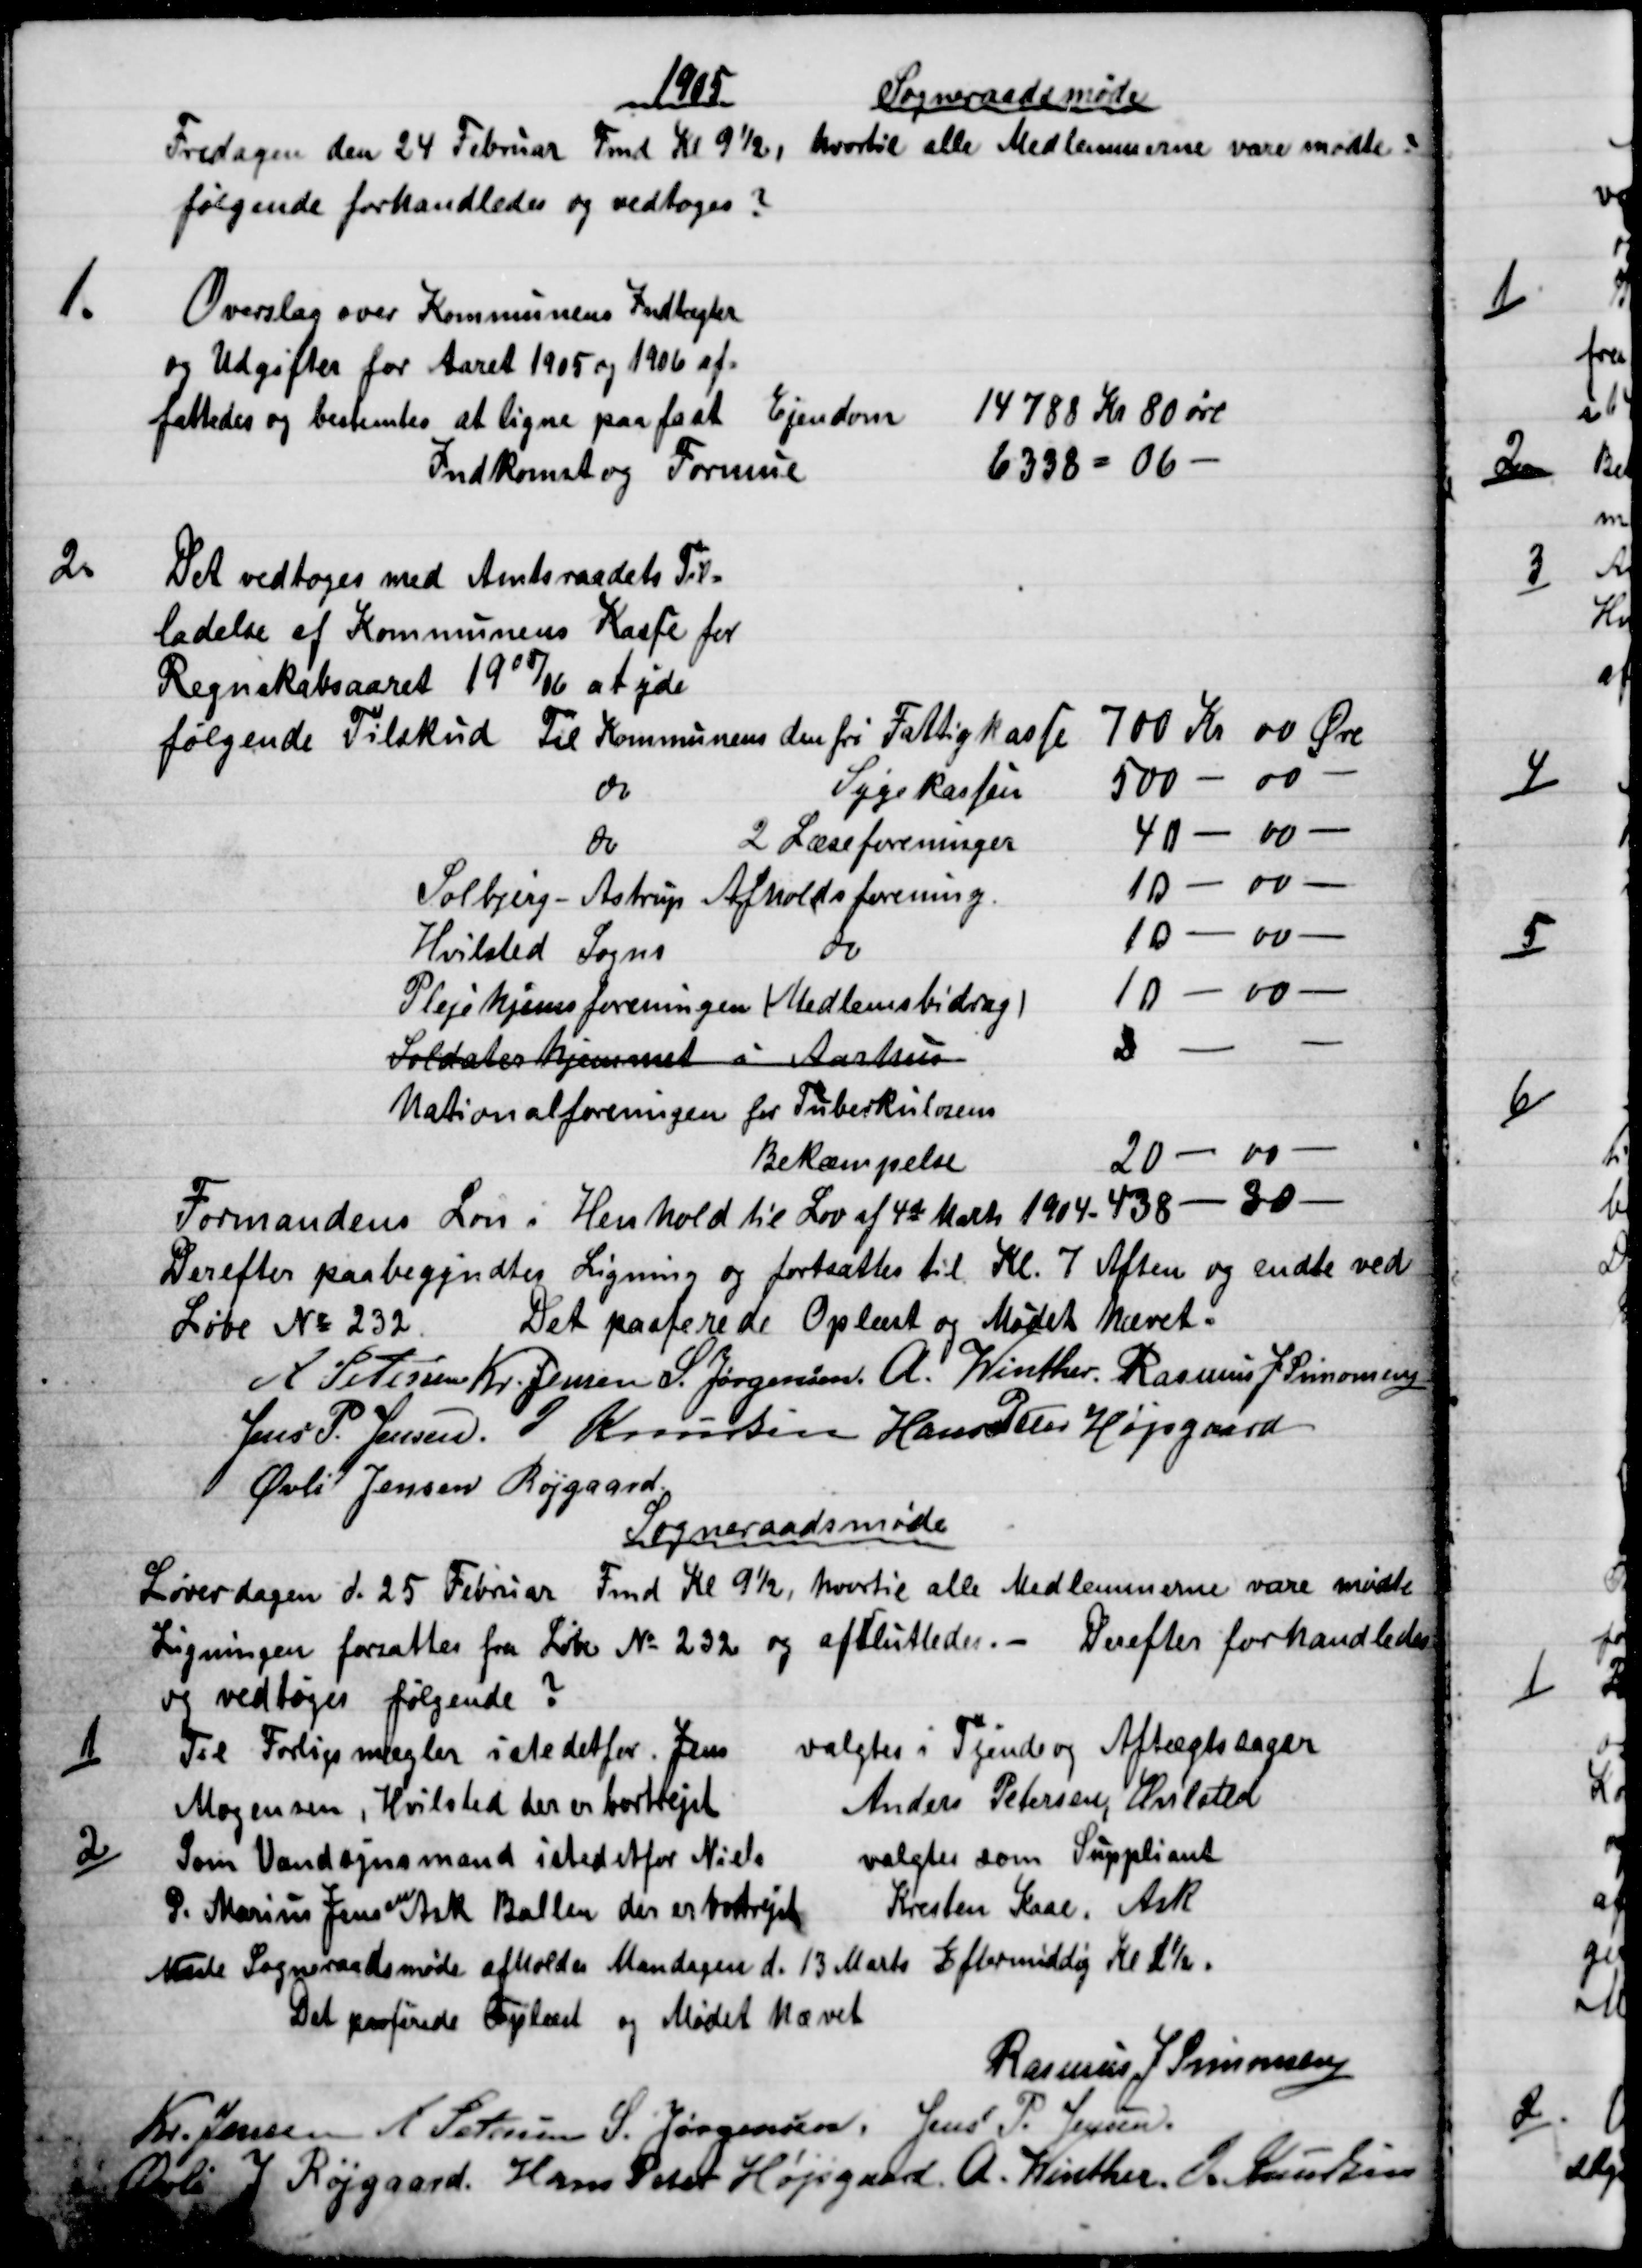
Transskription:
1905
Sogneraadsmøde
Fredagen den 24 Februar Fmd Kl 9½, hvortil alle Medlemmerne vare mødte.
følgende forhandledes og vedtoges?
1.
Overslag over Kommunens Indtægter
og Udgifter for Aaret 1905 og 1906 af -
fattedes og bestemtes at ligne paa fast Ejendom
Indkomst og Formue
14788 Kr 80 øre
6338 = 06  
2.
Det vedtoges med Amtsraadets Til-
ladelse af Kommunens Kasse for
Regnskabsaaret 1905/06 at yde
følgende Tilskud til Kommunens den fri Fattigkasse   
700 Kr 00 Øre
do
Sygekassen 
500 - 00  
do
2 Læseforeninger
40 - 00  
Solbjerg - Astrup Afholdsforening.
10 - 00  
Hvilsted Sogns
do 
10 - 00  
Plejehjemsforeningen (Medlemsbidrag)
10 - 00  
Soldaterhjemmet i Aarhus 
2 
Nationalforeningen for Tuberkulosens
Bekæmpelse
20 - 00  
Formandens Løn i Henhold til Lov af 4de Marts 1904 - 438 - 30 
Derefter paabegyndtes Ligning og fortsattes til Kl. 7 Aften og endte ved
Løbe № 232.
Det passerede Oplæst og Mødet hævet.
A. Petersen Kr. Jensen S. Jørgensen. A. Winther. Rasmus J Simonsen
Jens P. Jensen J Knudsen Hans Peter Højsgaard
Øvli Jensen Røjgaard
Sogneraadsmøde
Løverdagen d. 25 Februar Fmd Kl 9½, hvortil alle Medlemmerne vare mødte
Ligningen forsattes fra Løbe № 232 og afsluttedes. - Derefter forhandledes
og vedtoges følgende ?
1)
Til Forligsmægler istedetfor. Jens 
Mogensen, Hvilsted der er bortrejst
valgtes i Tyende og Aftægtssager
Anders Petersen, Hvilsted
2)
Som Vandsynsmand istedetfor Niels
P. Marius Jensen Ask Ballen der er bortrejst
valgtes som Suppliant
Kresten Kaae, Ask
Næste Sogneraadsmøde afholdes Mandagen d. 13 Marts Eftermiddag Kl 1½
Det passerede Oplæst og Mødet hævet
Rasmus J. Simonsen
Kr. Jensen A Petersen S. Jørgensen. Jens P. Jensen.
Øvli J Røjgaard. Hans Peter Højsgaard. A. Winther. J Knudsen